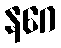
နဂေ